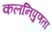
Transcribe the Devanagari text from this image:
कलनिपुणता